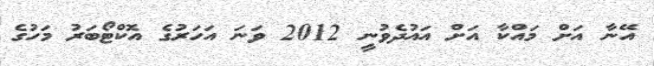
އޭނާ އަށް މައްކާ އަށް އައުދެވުނީ 2012 ވަނަ އަހަރުގެ އޮކްޓޯބަރު މަހުގެ